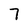
Character: 7